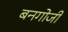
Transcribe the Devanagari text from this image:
बनगोजी